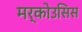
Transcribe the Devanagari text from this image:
मर्कोउसिस